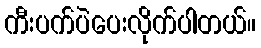
ကီးပက်ပဲပေးလိုက်ပါတယ်။